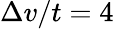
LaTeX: \Delta v/t=4